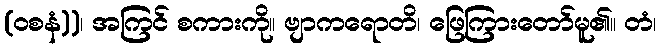
(ဝစနံ))၊ အကြင် စကားကို။ ဗျာကရောတိ၊ ဖြေကြားတော်မူ၏။ တံ၊